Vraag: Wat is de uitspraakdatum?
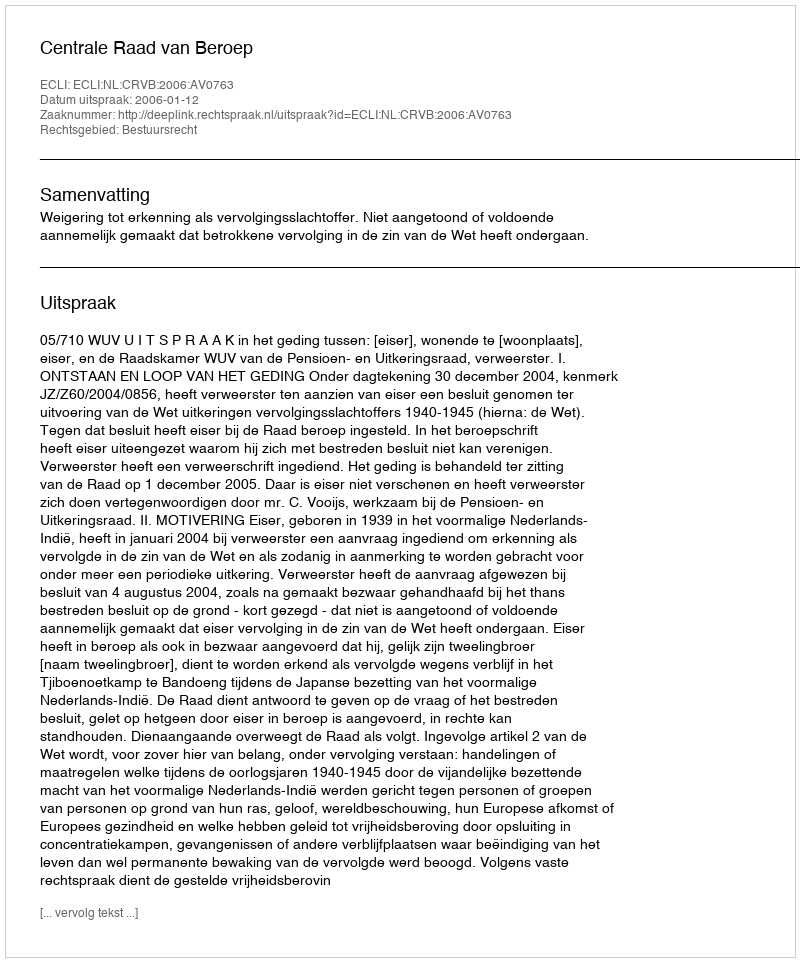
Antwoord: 2006-01-12